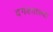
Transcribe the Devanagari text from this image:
दगडातल्या